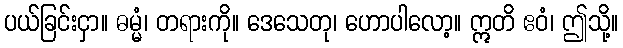
ပယ်ခြင်းငှာ။ ဓမ္မံ၊ တရားကို။ ဒေသေတု၊ ဟောပါလော့။ ဣတိ ဧဝံ၊ ဤသို့။